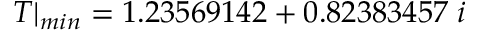
T | _ { m i n } = 1 . 2 3 5 6 9 1 4 2 + 0 . 8 2 3 8 3 4 5 7 \; i